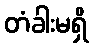
တံခါးမရှိ